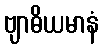
ဗျာဓိယမာနံ